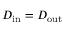
D _ { \mathrm { i n } } = D _ { \mathrm { o u t } }